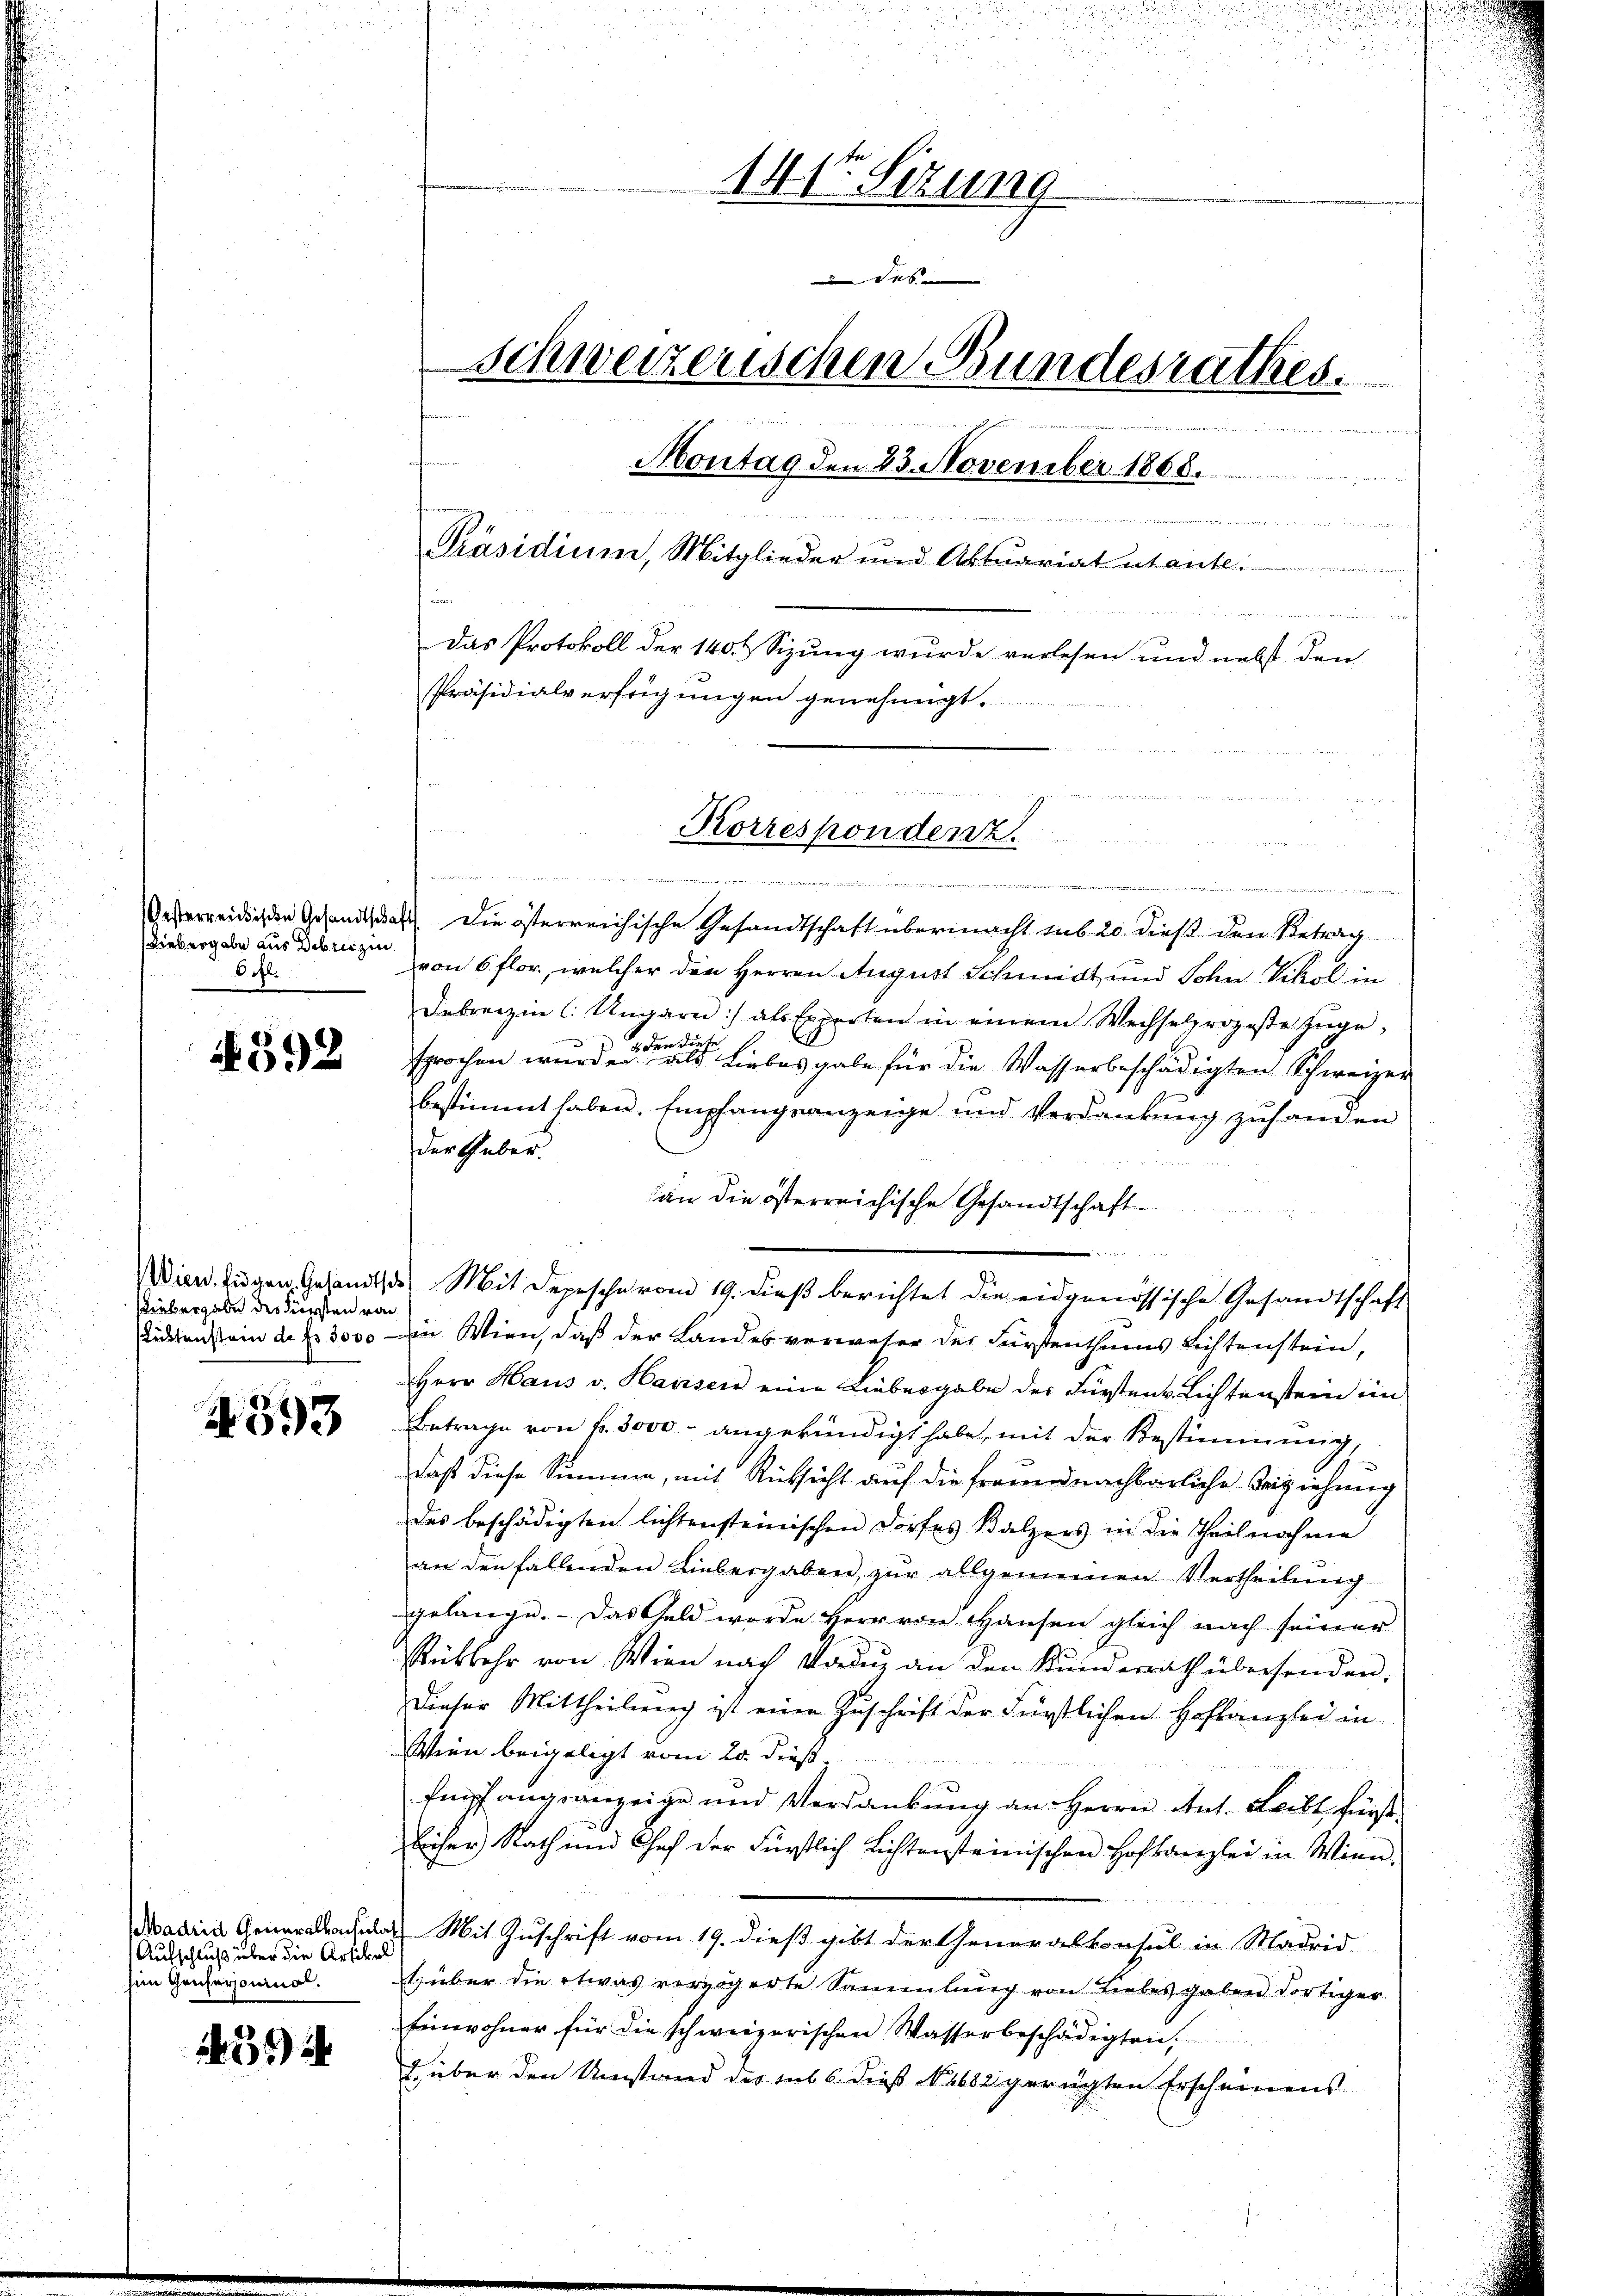
Liebergabe aus Debreizin.
.

592

Riebergabe des Fürsten von

4593

e
n
Gesterreichen Gesandtschaft die österreichische Gesandtschaft übermacht sub 20. dieß den Betrag
von 6 flor, welcher den Herren August Schmidt und Sohn Vikol in
Debreizin (: Ungarn :/ als Experten in einem Wechselprozeβe zŭge-
sprochen wurde die ich hiebes gabe für die Wasserbeschädigten Schweizer
bestimmt haben. Empfangsanzeige und Verdankŭng zuhanden
der Guber.
an die österreichische Gesandtschaft.
 2
Wien. Zugen Gesandt, Mit Depescherm 19. dieß berichtet die eidgenössische Gesandtschaft
üdensein der 3000 in Wien, daß der Landesvermater der Fürstenthums Lichtenstein,
Herr Haus v. Hausen eine Liebesgabe der Fürstens Lichtenstein im
Betrage von fr. 3000 angekündigt habe, mit der Bestimmung,
daß diese Summe, mit Rücksicht auf die freuerd nachbarliche Beziehung
des beschädigten lichtensteinischen Dorfes Balzers in die Theilnahme
an den fallenden Liebergaben, zur allgemeinen Vertheilŭng
gelange. Das Geld werde Herr von Haŭsen gleich nach seiner
Rükkehr von Wien nach Modus an den Kundesrath übersenden,
Dieser Mittheilung ist eine Zuschrift der Fürstlichen Hofkanzlei in
Wien beigelegt vom 20. dieß
Empfangranzeige und Verdankung an Herrn Ant. Leibt fürst
licher Rath und Chef der Fürstlich Lichtensteinischen Hofkanzlei in Wien,
ain Mit Zuschrift vom 19. dieß gibt der Generalkonsul in Madrid
tüber die etwas verzögerte Sammlung von Liebes gaben dortiger
Einwohner für die schweizerischen Wasserbeschädigten.
. über den Umstand des sub 6. dieß No. 1682 gerügten Erscheinens

Aufschluß über die Artikel
sen Genfersonne.

5

Hr.

141t Sizung
Seb
schweizerischen Bundesrathes.
1 1 S. 11.
Montag den 23. November 1868.

 u meiner einen
Präsidium, Mitglieder und Aktuariat utante
.
dner und nun auf
Das Protokoll der 140. & Sizung wurde verlesen und nebst den
Präsidialverfügungen genehmigt.

Korrespondenz.

g
u